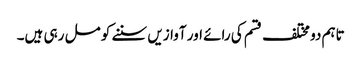
تاہم دو مختلف قسم کی رائے اور آوازیں سننے کو مل رہی ہیں۔